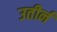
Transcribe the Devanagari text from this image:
उतीर्न